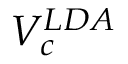
V _ { c } ^ { L D A }